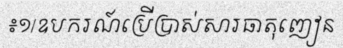
៖១/ឧបករណ៍ប្រើប្រាស់សារធាតុញៀន